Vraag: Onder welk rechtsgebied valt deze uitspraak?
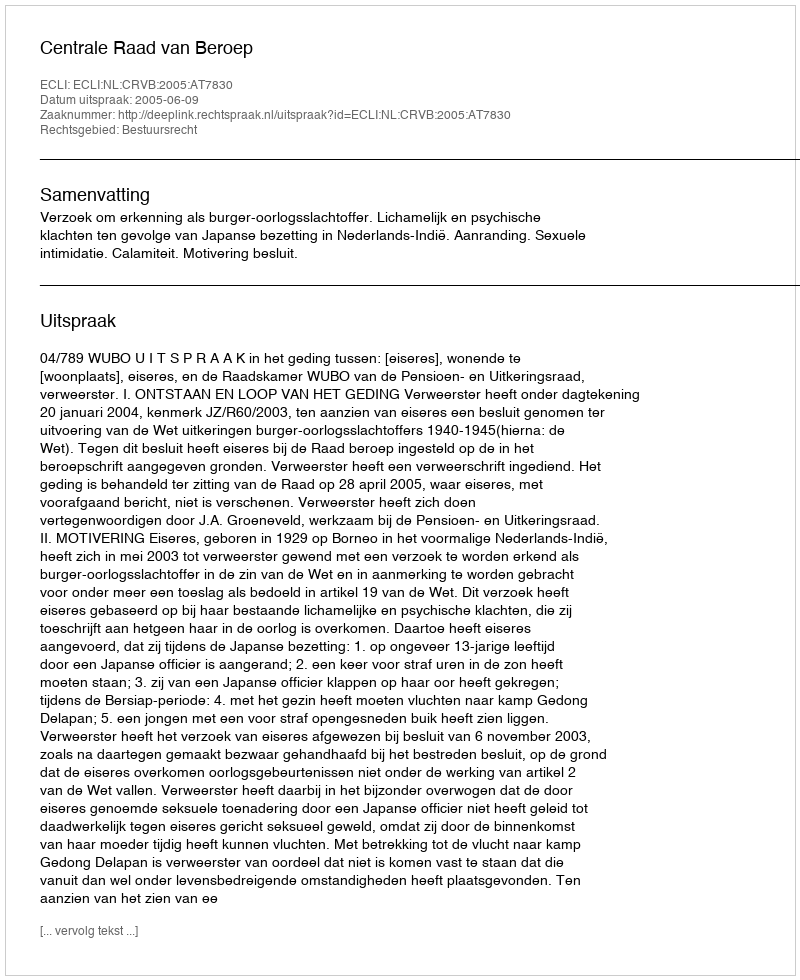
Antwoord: Bestuursrecht